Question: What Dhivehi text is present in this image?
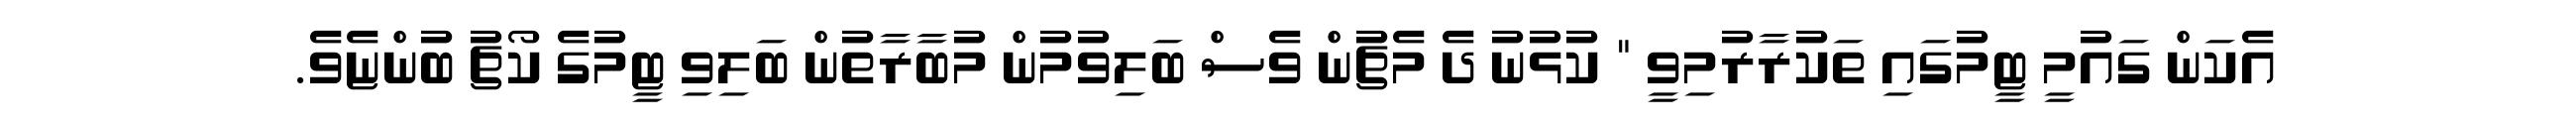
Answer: އެކަން ގައުމީ ޓީމުގައި ތަކުރާރުމިވީ " ކުޅުނު ދެ މެޗުން ވެސް ބަލިވުމުން މުބާރާތުން ބަލިވި ޓީމުގެ ކޯޗު ބުންޏެވެ.